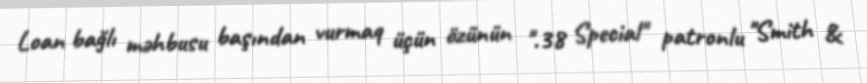
Loan bağlı məhbusu başından vurmaq üçün özünün ".38 Special" patronlu "Smith &